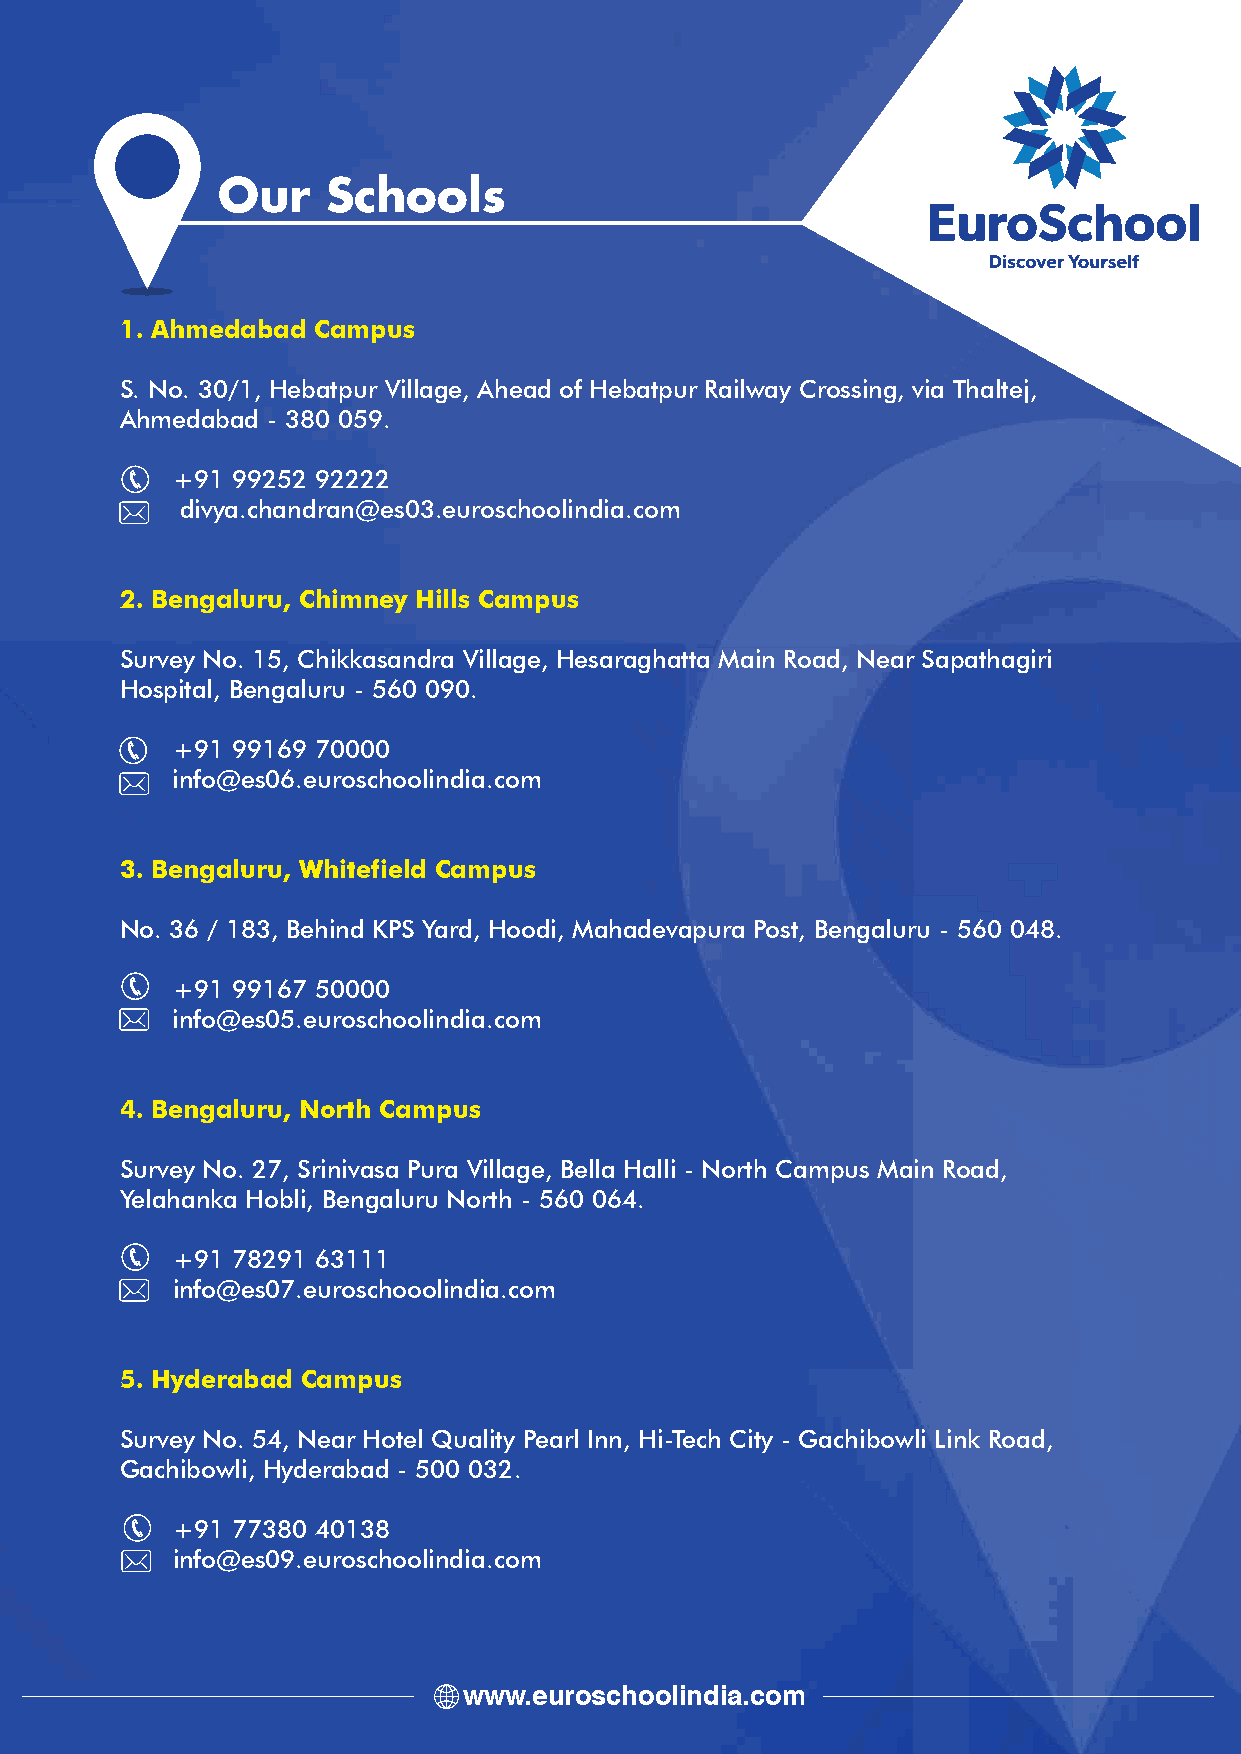
Our     Schools
 1. Ahmedabad Campus
 S. No. 30/1, Hebatpur Village, Ahead of Hebatpur Railway Crossing, via Thaltej,
 Ahmedabad - 380 059.
 +91 99252 92222
 divya.chandran@es03.euroschoolindia.com
 2. Bengaluru, Chimney Hills Campus
 Survey No. 15, Chikkasandra Village, Hesaraghatta Main Road, Near Sapathagiri
 Hospital, Bengaluru - 560 090.
 +91 99169 70000
 info@es06.euroschoolindia.com
 3. Bengaluru, Whitefield Campus
 No. 36 / 183, Behind KPS Yard, Hoodi, Mahadevapura Post, Bengaluru - 560 048.
 +91 99167 50000
 info@es05.euroschoolindia.com
 4. Bengaluru, North Campus
 Survey No. 27, Srinivasa Pura Village, Bella Halli - North Campus Main Road,
 Yelahanka Hobli, Bengaluru North - 560 064.
 +91 78291 63111
 info@es07.euroschooolindia.com
 5. Hyderabad Campus
 Survey No. 54, Near Hotel Quality Pearl Inn, Hi-Tech City - Gachibowli Link Road,
 Gachibowli, Hyderabad - 500 032.
 +91 77380 40138
 info@es09.euroschoolindia.com
 www.euroschoolindia.com